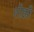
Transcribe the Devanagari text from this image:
सीझी